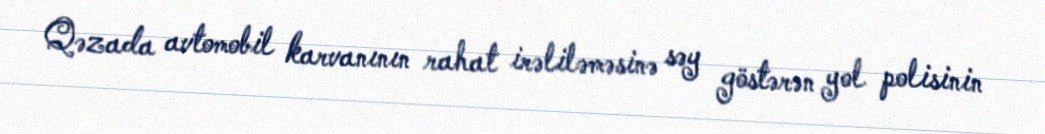
Qəzada avtomobil karvanının rahat irəliləməsinə səy göstərən yol polisinin